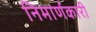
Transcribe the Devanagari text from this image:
निमार्णकारी